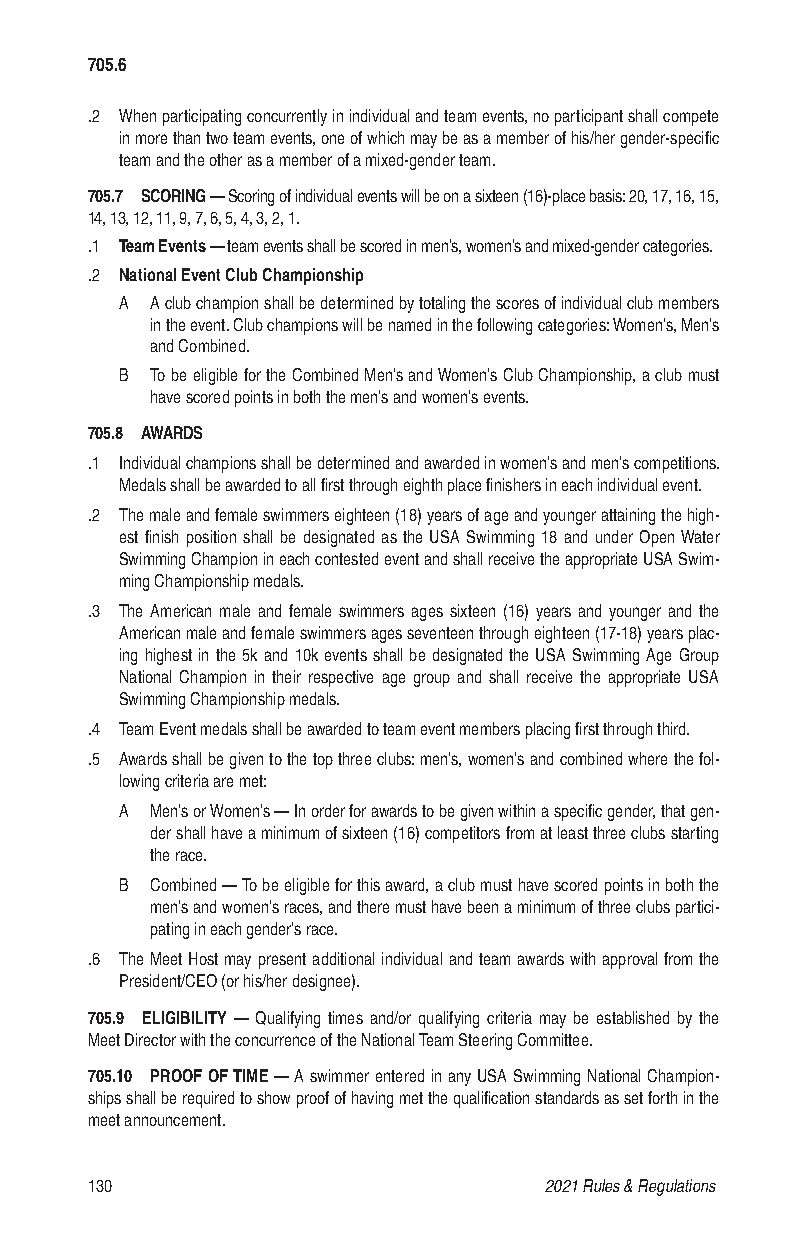
705.6
 .2 When participating concurrently in individual and team events, no participant shall compete
 in more than two team events, one of which may be as a member of his/her gender-specific
 team and the other as a member of a mixed-gender team.
 705.7 SCORING — Scoring of individual events will be on a sixteen (16)-place basis: 20, 17, 16, 15,
 14, 13, 12, 11, 9, 7, 6, 5, 4, 3, 2, 1.
 .1 Team Events — team events shall be scored in men’s, women’s and mixed-gender categories.
 .2 National Event Club Championship
 A A club champion shall be determined by totaling the scores of individual club members
 in the event. Club champions will be named in the following categories: Women’s, Men’s
 and Combined.
 B To be eligible for the Combined Men’s and Women’s Club Championship, a club must
 have scored points in both the men’s and women’s events.
 705.8 AWARDS
 .1 Individual champions shall be determined and awarded in women’s and men’s competitions.
 Medals shall be awarded to all first through eighth place finishers in each individual event.
 .2 The male and female swimmers eighteen (18) years of age and younger attaining the high-
 est finish position shall be designated as the USA Swimming 18 and under Open Water
 Swimming Champion in each contested event and shall receive the appropriate USA Swim-
 ming Championship medals.
 .3 The American male and female swimmers ages sixteen (16) years and younger and the
 American male and female swimmers ages seventeen through eighteen (17-18) years plac-
 ing highest in the 5k and 10k events shall be designated the USA Swimming Age Group
 National Champion in their respective age group and shall receive the appropriate USA
 Swimming Championship medals.
 .4 Team Event medals shall be awarded to team event members placing first through third.
 .5 Awards shall be given to the top three clubs: men’s, women’s and combined where the fol-
 lowing criteria are met:
 A Men’s or Women’s — In order for awards to be given within a specific gender, that gen-
 der shall have a minimum of sixteen (16) competitors from at least three clubs starting
 the race.
 B Combined — To be eligible for this award, a club must have scored points in both the
 men’s and women’s races, and there must have been a minimum of three clubs partici-
 pating in each gender’s race.
 .6 The Meet Host may present additional individual and team awards with approval from the
 President/CEO (or his/her designee).
 705.9 ELIGIBILITY — Qualifying times and/or qualifying criteria may be established by the
 Meet Director with the concurrence of the National Team Steering Committee.
 705.10 PROOF OF TIME — A swimmer entered in any USA Swimming National Champion-
 ships shall be required to show proof of having met the qualification standards as set forth in the
 meet announcement.
 130                           2021 Rules & Regulations